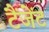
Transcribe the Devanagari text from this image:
टैंजेंट